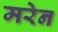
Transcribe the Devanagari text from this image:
मरेन